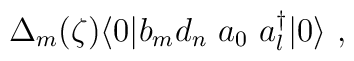
\Delta_m(\zeta) \langle 0 | b_m d_n \ a_0 \ a^{\dag}_l |0 \rangle \ ,